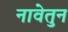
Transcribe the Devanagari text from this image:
नावेतुन